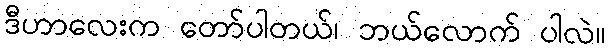
ဒီဟာလေးက တော်ပါတယ်၊ ဘယ်လောက် ပါလဲ။